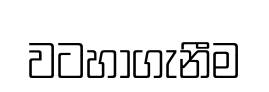
වටහාගැනීම